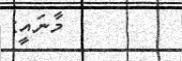
މާނައީ: